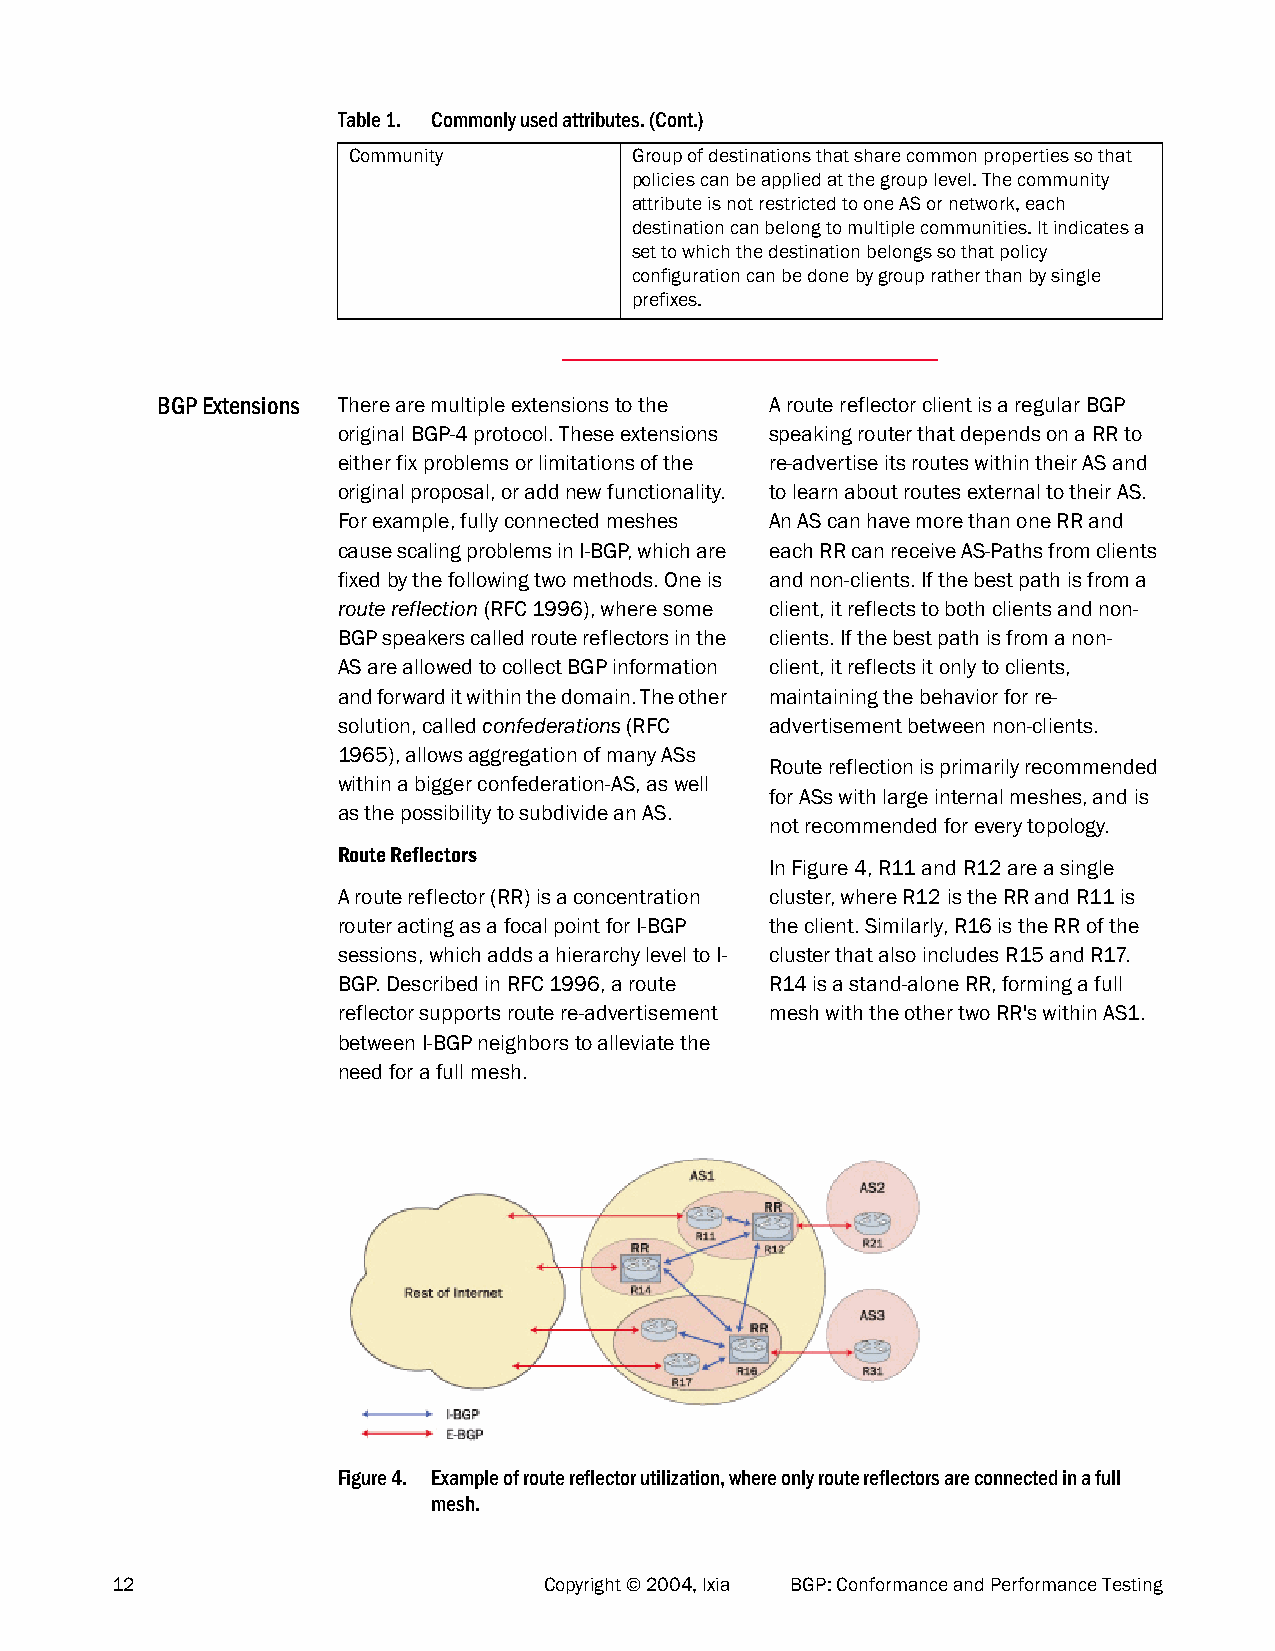
Table 1. Commonly used attributes. (Cont.)
 Community          Group of destinations that share common properties so that
 policies can be applied at the group level. The community
 attribute is not restricted to one AS or network, each
 destination can belong to multiple communities. It indicates a
 set to which the destination belongs so that policy
 configuration can be done by group rather than by single
 prefixes.
 BGP Extensions There are multiple extensions to the A route reflector client is a regular BGP
 original BGP-4 protocol. These extensions speaking router that depends on a RR to
 either fix problems or limitations of the re-advertise its routes within their AS and
 original proposal, or add new functionality. to learn about routes external to their AS.
 For example, fully connected meshes An AS can have more than one RR and
 cause scaling problems in I-BGP, which are each RR can receive AS-Paths from clients
 fixed by the following two methods. One is and non-clients. If the best path is from a
 route reflection (RFC 1996), where some client, it reflects to both clients and non-
 BGP speakers called route reflectors in the clients. If the best path is from a non-
 AS are allowed to collect BGP information client, it reflects it only to clients,
 and forward it within the domain. The other maintaining the behavior for re-
 solution, called confederations (RFC advertisement between non-clients.
 1965), allows aggregation of many ASs
 Route reflection is primarily recommended
 within a bigger confederation-AS, as well
 for ASs with large internal meshes, and is
 as the possibility to subdivide an AS.
 not recommended for every topology.
 Route Reflectors
 In Figure 4, R11 and R12 are a single
 A route reflector (RR) is a concentration cluster, where R12 is the RR and R11 is
 router acting as a focal point for I-BGP the client. Similarly, R16 is the RR of the
 sessions, which adds a hierarchy level to I- cluster that also includes R15 and R17.
 BGP. Described in RFC 1996, a route R14 is a stand-alone RR, forming a full
 reflector supports route re-advertisement mesh with the other two RR's within AS1.
 between I-BGP neighbors to alleviate the
 need for a full mesh.
 Figure 4. Example of route reflector utilization, where only route reflectors are connected in a full
 mesh.
 12                           Copyright © 2004, Ixia BGP: Conformance and Performance Testing